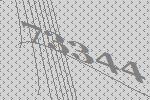
73344